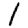
Digit: 1